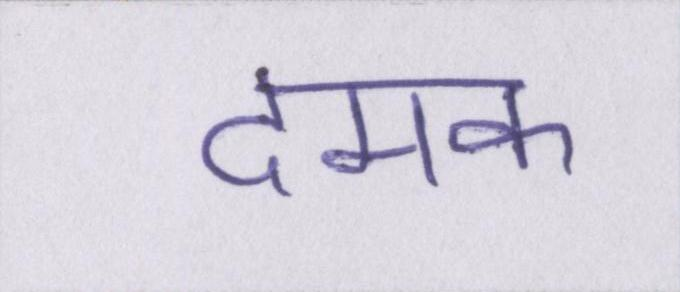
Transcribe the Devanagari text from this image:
दमक